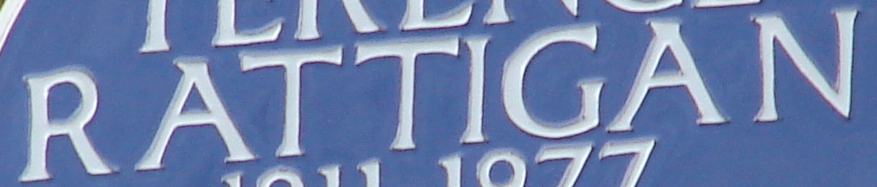
RATTIGAN